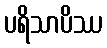
ပရိသာပိဿ